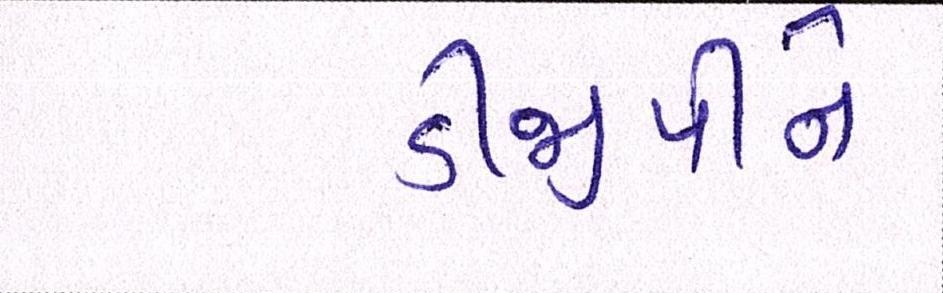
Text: ડીજીપીને